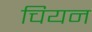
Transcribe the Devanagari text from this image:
चियन